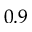
0 . 9